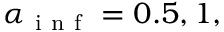
\alpha _ { \mathrm { ~ i ~ n ~ f ~ } } = 0 . 5 , 1 ,